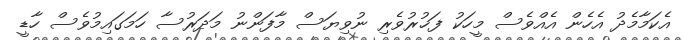
އެކަމާމެދު އެހެން އެއްވެސް މީހަކު ފަޚުރުވެރި ނުވިޔަސް މާފަންނު މަދަރުސާ ހަމަގައިމުވެސް ހާޑީ